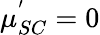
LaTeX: \mu_{SC}^{'}=0